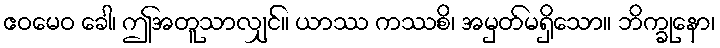
ဧဝမေဝ ခေါ၊ ဤအတူသာလျှင်။ ယာဿ ကဿစိ၊ အမှတ်မရှိသော။ ဘိက္ခုနော၊